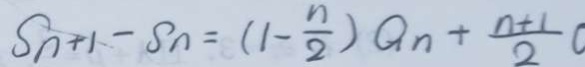
S _ { n + 1 } - S n = ( 1 - \frac { n } { 2 } ) Q _ { n } + \frac { n + 1 } { 2 }